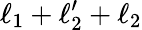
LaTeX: \ell_{1}+\ell_{2}^{\prime}+\ell_{2}